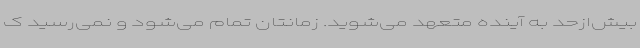
بیش‌ازحد به آینده متعهد می‌شوید. زمانتان تمام می‌شود و نمی‌رسید ک